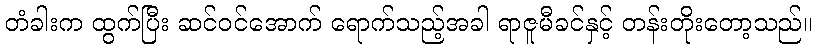
တံခါးက ထွက်ပြီး ဆင်ဝင်အောက် ရောက်သည့်အခါ ရာဇူမီခင်နှင့် တန်းတိုးတော့သည်။